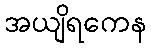
အယျိရကေန